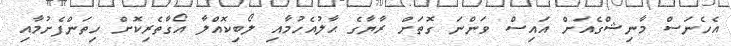
އެހެނަސް މާނިޝްގެއަށް އައިސް ވަންނަ ގޮތަށް ރާޔާގެ ޙާލުއެހުމާއި ލޯބިކޮއްލާ އޯގާތެރިކޮށް ހިތަންފެށުމާއި